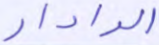
الرادار